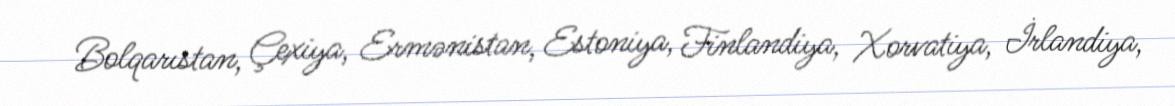
Bolqarıstan, Çexiya, Ermənistan, Estoniya, Finlandiya, Xorvatiya, İrlandiya,